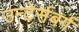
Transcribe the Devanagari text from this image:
उन्टेर्सबर्ग